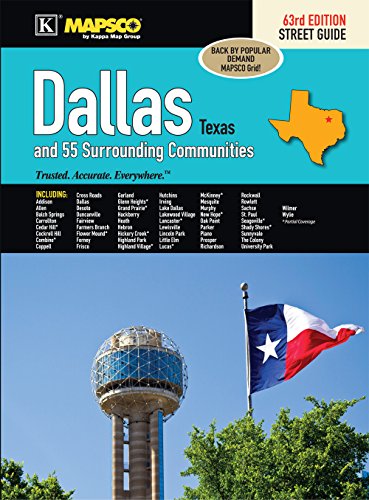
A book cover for Dallas, TX Street Guide; Kappa Map Group; Travel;